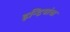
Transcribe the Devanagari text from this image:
इन्द्रियांचा